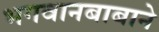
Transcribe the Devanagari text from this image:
भगवानबाबाने